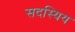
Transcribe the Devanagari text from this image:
सदस्यिय